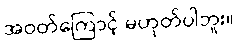
အဝတ်ကြောင့် မဟုတ်ပါဘူး။